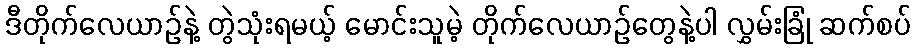
ဒီတိုက်လေယာဉ်နဲ့ တွဲသုံးရမယ့် မောင်းသူမဲ့ တိုက်လေယာဉ်တွေနဲ့ပါ လွှမ်းခြုံ ဆက်စပ်